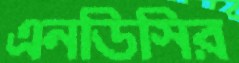
এনডিসির